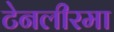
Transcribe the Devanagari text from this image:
टेनलीरमा